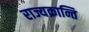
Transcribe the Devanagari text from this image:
राज्यक्रान्ति